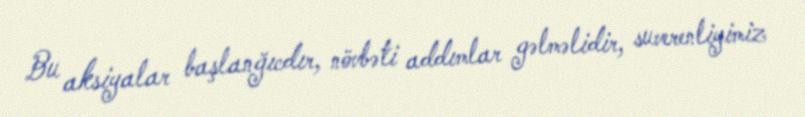
Bu aksiyalar başlanğıcdır, növbəti addımlar gəlməlidir, suverenliyimiz